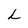
Character: L